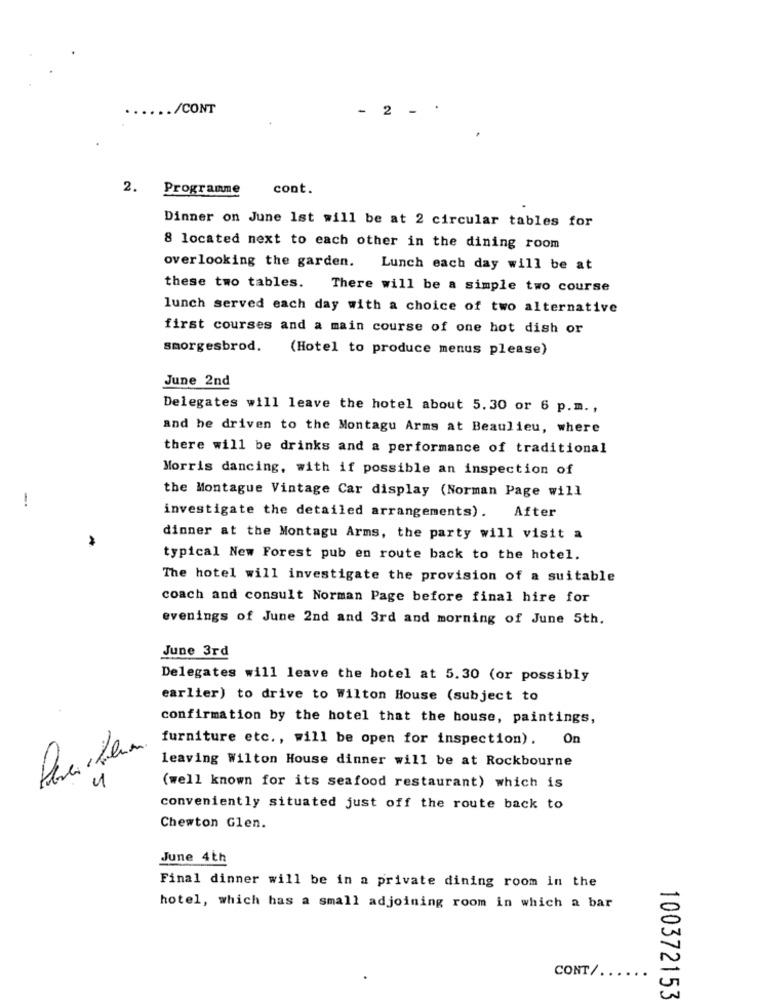
.... .. /CONT
- 2 - .
2.
Programme
cont.
Dinner on June 1st will be at 2 circular tables for
8 located next to each other in the dining room
overlooking the garden. Lunch each day will be at
these two tables. There will be a simple two course
lunch served each day with a choice of two alternative
first courses and a main course of one hot dish or
smorgesbrod.
(Hotel to produce menus please)
June 2nd
Delegates will leave the hotel about 5.30 or 6 p.m .,
and he driven to the Montagu Arms at Beaulieu, where
there will be drinks and a performance of traditional
Morris dancing, with if possible an inspection of
!
the Montague Vintage Car display (Norman Page will
investigate the detailed arrangements).
After
dinner at the Montagu Arms, the party will visit a
typical New Forest pub en route back to the hotel.
The hotel will investigate the provision of a suitable
coach and consult Norman Page before final hire for
evenings of June 2nd and 3rd and morning of June 5th.
June 3rd
Delegates will leave the hotel at 5.30 (or possibly
earlier) to drive to Wilton House (subject to
confirmation by the hotel that the house, paintings,
furniture etc ., will be open for inspection). On
leaving Wilton House dinner will be at Rockbourne
4
(well known for its seafood restaurant) which is
conveniently situated just off the route back to
Chewton Glen.
June 4th
Final dinner will be in a private dining room in the
hotel, which has a small adjoining room in which a bar
CONT/ .....
100372153